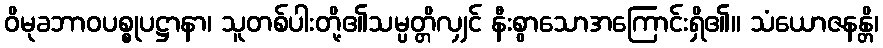
ဝိမုခဘာဝပစ္စုပဋ္ဌာနာ၊ သူတစ်ပါးတို့၏သမ္ပတ္တိလျှင် နီးစွာသောအကြောင်းရှိ၏။ သံယောဇနန္တိ၊